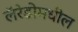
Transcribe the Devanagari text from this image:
लॅरेडोमधील